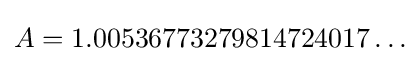
A=1.00536773279814724017\ldots